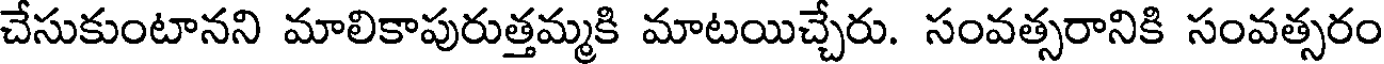
చేసుకుంటానని మాలికాపురుత్తమ్మకి మాటయిచ్చేరు. సంవత్సరానికి సంవత్సరం